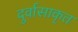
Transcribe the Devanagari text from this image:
दुर्वासाकृत